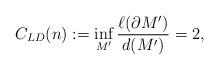
LaTeX: \begin{align*} C_{LD}(n) := \inf_{M'} \frac{\ell(\partial M')}{d(M')} = 2,\end{align*}